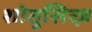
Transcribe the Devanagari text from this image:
शोतूसित्ज़